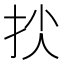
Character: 𢫐